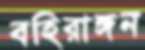
বহিরাঙ্গন